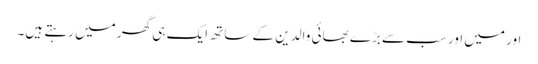
اور میں اور سب سے بڑے بھائی والدین کے ساتھ ایک ہی گھر میں رہتے ہیں۔